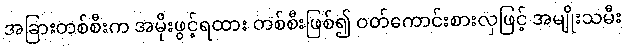
အခြားတစ်စီးက အမိုးဖွင့်ရထား တစ်စီးဖြစ်၍ ဝတ်ကောင်းစားလှဖြင့် အမျိုးသမီး